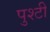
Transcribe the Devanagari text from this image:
पुश्टी